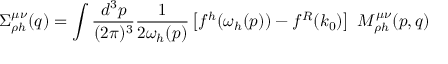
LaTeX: \Sigma _ { \rho h } ^ { \mu \nu } ( q ) = \int \frac { d ^ { 3 } p } { ( 2 \pi ) ^ { 3 } } \frac { 1 } { 2 \omega _ { h } ( p ) } \left[ f ^ { h } ( \omega _ { h } ( p ) ) - f ^ { R } ( k _ { 0 } ) \right] \ { \cal M } _ { \rho h } ^ { \mu \nu } ( p , q )